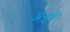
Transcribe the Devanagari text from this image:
अगुठी